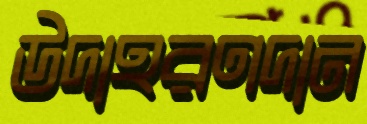
উদাহরণদান